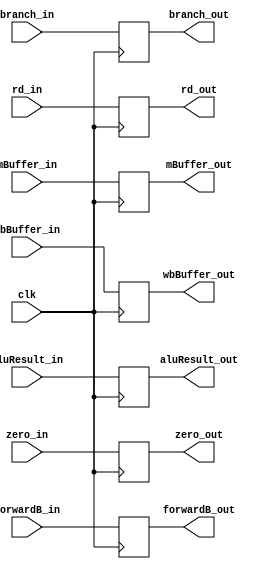
module EXMEM(
	input clk, zero_in,
	input [63:0] branch_in, aluResult_in, forwardB_in,
	input [4:0] rd_in,
	input [2:0] mBuffer_in,
	input [1:0] wbBuffer_in,
	output reg zero_out,
	output reg [63:0] branch_out, aluResult_out, forwardB_out,
	output reg [4:0] rd_out,
	output reg [2:0] mBuffer_out,
	output reg [1:0] wbBuffer_out
);

always @(posedge clk)
begin
	zero_out = zero_in;
	branch_out = branch_in;
	aluResult_out = aluResult_in;
	forwardB_out = forwardB_in;
	rd_out = rd_in;
	mBuffer_out = mBuffer_in;
	wbBuffer_out = wbBuffer_in;
end

endmodule